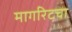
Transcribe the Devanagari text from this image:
मार्गारेटचा